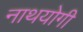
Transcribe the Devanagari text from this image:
नाथयोगी